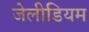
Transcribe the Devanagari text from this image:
जेलीडियम